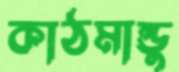
কাঠমান্ডু